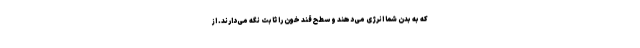
که به بدن شما انرژی می‌دهند و سطح قند خون را ثابت نگه می‌دارند. از